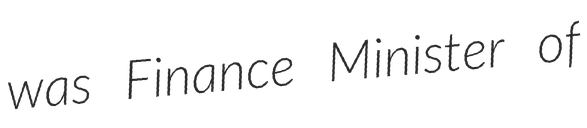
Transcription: was Finance Minister of